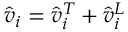
\Hat { v } _ { i } = \Hat { v } _ { i } ^ { T } + \Hat { v } _ { i } ^ { L }